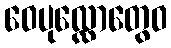
ဝေပုလ္လောတွေဝ